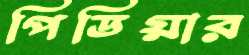
পিডিয়ার